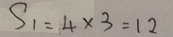
S _ { 1 } = 4 \times 3 = 1 2